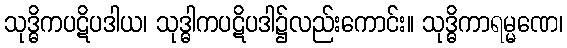
သုဒ္ဓိကပဋိပဒါယ၊ သုဒ္ဓါကပဋိပဒါ၌လည်းကောင်း။ သုဒ္ဓိကာရမ္မဏေ၊